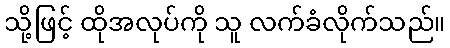
သို့ဖြင့် ထိုအလုပ်ကို သူ လက်ခံလိုက်သည်။